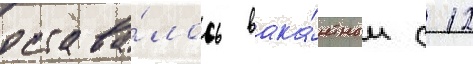
остава́лось вака́нтным с 12